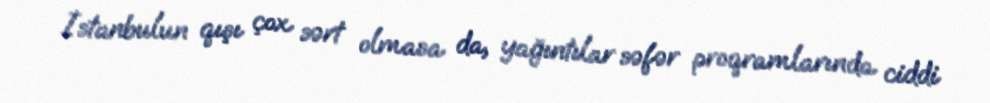
İstanbulun qışı çox sərt olmasa da, yağıntılar səfər proqramlarında ciddi